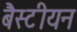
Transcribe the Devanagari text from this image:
बैस्टीयन